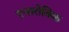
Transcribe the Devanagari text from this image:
एनारोबिक